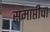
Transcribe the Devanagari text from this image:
समाप्तीचा